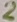
Text: 2